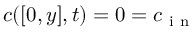
c ( [ 0 , y ] , t ) = 0 = c _ { \mathrm { ~ i ~ n ~ } }